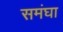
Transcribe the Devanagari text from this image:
समंघा